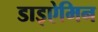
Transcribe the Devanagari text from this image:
डाइऐमिन